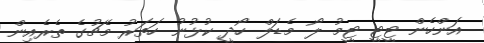
އަންހެން ޓީޓީ ޓީމު ލޯ މެޑަލް ހޯދީ ކުޅުނު ހަތަރު މެޗުގެ ތެރެއިން